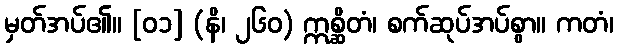
မှတ်အပ်၏။ [၀၁] (နိ၊ ၂၆၀) ဣစ္ဆိတံ၊ စက်ဆုပ်အပ်စွာ။ ကတံ၊